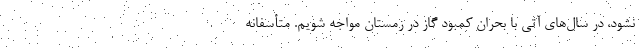
نشود، در سال‌های آتی با بحران کمبود گاز در زمستان مواجه شویم. متأسفانه